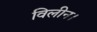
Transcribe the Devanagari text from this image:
विलीन।